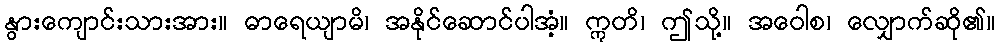
နွားကျောင်းသားအား။ ဓာရေယျာမိ၊ အနိုင်ဆောင်ပါအံ့။ ဣတိ၊ ဤသို့။ အဝေါစ၊ လျှောက်ဆို၏။